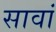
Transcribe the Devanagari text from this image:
सावां